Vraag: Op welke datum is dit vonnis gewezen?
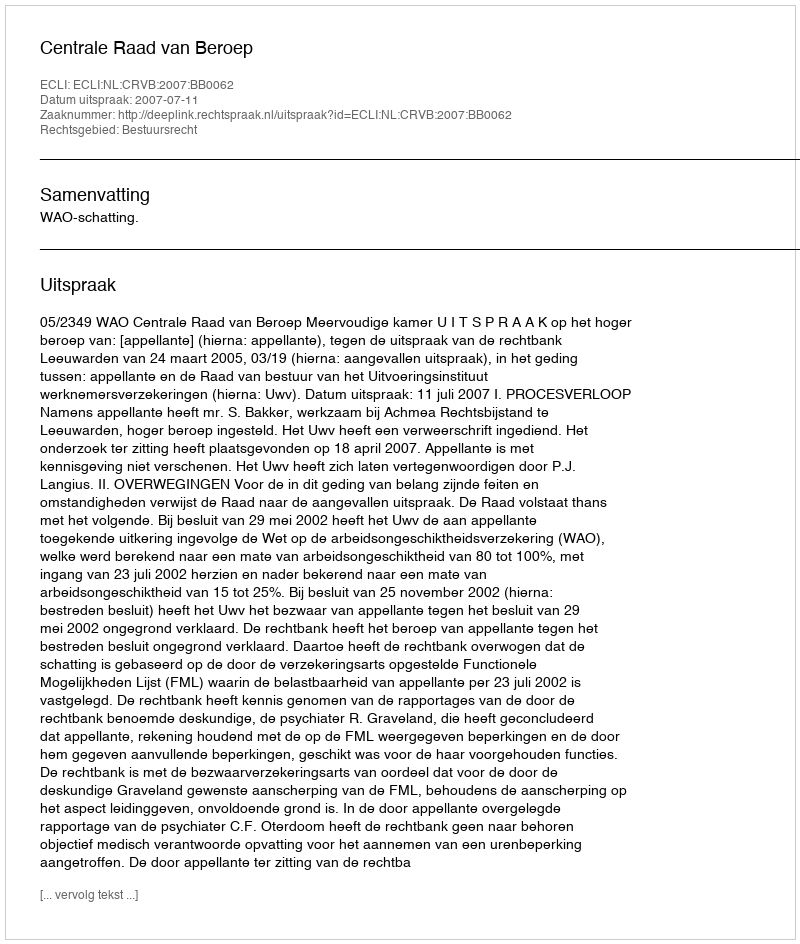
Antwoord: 2007-07-11